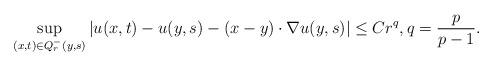
LaTeX: \begin{align*}\sup_{(x,t)\in Q_r^-(y,s)}|u(x,t)-u(y,s)-(x-y)\cdot \nabla u(y,s)|\leq Cr^{q},q=\frac{p}{p-1}.\end{align*}